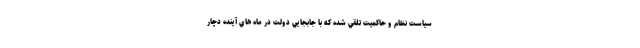
سياست نظام و حاكميت تلقي شده كه با جابجايي دولت در ماه هاي آينده دچار